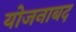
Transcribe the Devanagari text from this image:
योजनाबद